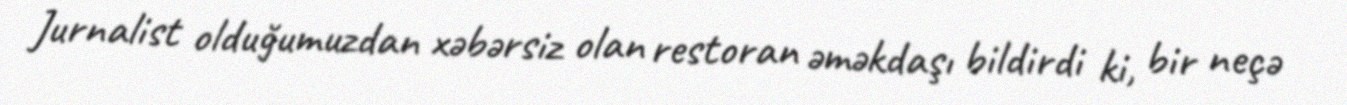
Jurnalist olduğumuzdan xəbərsiz olan restoran əməkdaşı bildirdi ki, bir neçə